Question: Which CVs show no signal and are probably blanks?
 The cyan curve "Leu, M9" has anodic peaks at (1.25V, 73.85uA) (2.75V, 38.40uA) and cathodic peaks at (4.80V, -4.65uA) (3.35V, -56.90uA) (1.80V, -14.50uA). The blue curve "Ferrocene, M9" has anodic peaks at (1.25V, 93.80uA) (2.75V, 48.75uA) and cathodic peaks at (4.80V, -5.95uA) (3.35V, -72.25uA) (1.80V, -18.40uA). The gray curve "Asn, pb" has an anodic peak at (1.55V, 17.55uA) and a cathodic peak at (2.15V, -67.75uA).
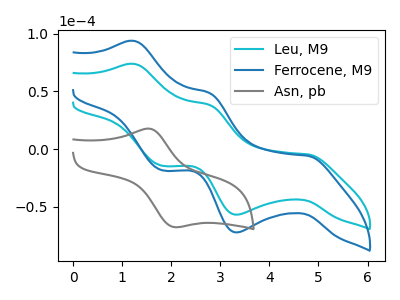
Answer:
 <answer>There are not any CV's on this graph that are likely to be blanks.</answer>
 <eval>none</eval>